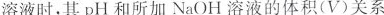
溶液时，其pH和所加NaOH溶液的体积(V)关系